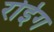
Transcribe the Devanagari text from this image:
रोईग